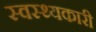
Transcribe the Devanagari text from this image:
स्वस्थ्यकारी